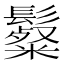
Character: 𩯞